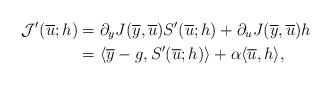
\begin{align*}\mathcal{J}'(\overline{u};h)&=\partial_{y} J(\overline{y},\overline{u}) S'(\overline{u};h) +\partial_{u} J(\overline{y},\overline{u})h \\&=\langle \overline{y}-g, S'(\overline{u};h) \rangle + \alpha \langle \overline{u}, h\rangle,\end{align*}